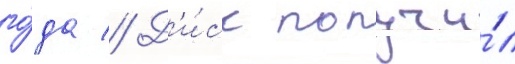
го́да // Д'и́ск получи́л